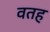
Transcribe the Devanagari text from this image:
वतह